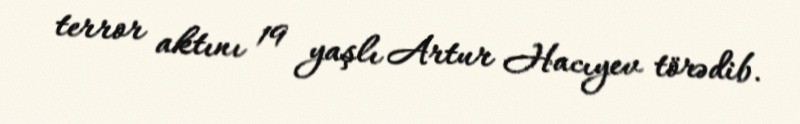
terror aktını 19 yaşlı Artur Hacıyev törədib.